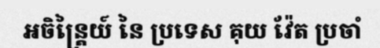
អចិន្ត្រៃយ៍ នៃ ប្រទេស គុយ វ៉ែត ប្រចាំ